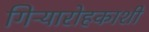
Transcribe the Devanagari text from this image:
गिऱ्यारोहकाशी